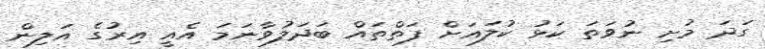
ގަދަ މުށި ނުވަތަ ކަޅު ކުލައަށް ފަތްތައް ބަދަލުވާނަމަ އެއީ އިރުގެ އަލިން